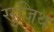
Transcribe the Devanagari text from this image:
सुजिथ